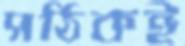
সঠিকই